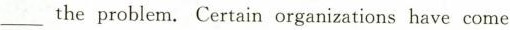
___ the problem.Certain organizations have come